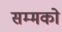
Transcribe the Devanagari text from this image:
सम्मको